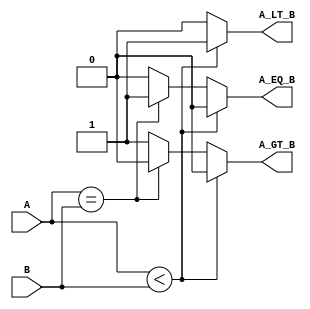
module ParametrizedComparator #(
    parameter WIDTH = 8  // Default width is set to 8 bits
)(
    input  wire [WIDTH-1:0] A,  // First operand
    input  wire [WIDTH-1:0] B,  // Second operand
    output reg  A_LT_B,          // Output: A < B
    output reg  A_EQ_B,          // Output: A == B
    output reg  A_GT_B           // Output: A > B
);

    // Always block to handle the comparison
    always @(*) begin
        // Initialize outputs to 0
        A_LT_B = 0;
        A_EQ_B = 0;
        A_GT_B = 0;

        // Perform comparisons
        if (A < B) begin
            A_LT_B = 1;
        end else if (A == B) begin
            A_EQ_B = 1;
        end else begin
            A_GT_B = 1;
        end
    end

endmodule